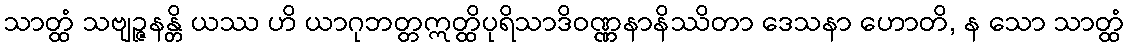
သာတ္ထံ သဗျဉ္ဇနန္တိ ယဿ ဟိ ယာဂုဘတ္တဣတ္ထိပုရိသာဒိဝဏ္ဏနာနိဿိတာ ဒေသနာ ဟောတိ, န သော သာတ္ထံ